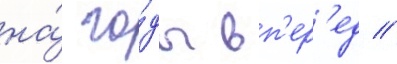
на́ го́ды вп'ер'ед //